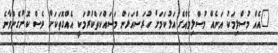
"އެއް މުސްލިމަކު އަނެއް މުސްލިމެއްގެ އަޅުކަމަށް ހުރަސްއަޅަން މަސައްކަތްކުރުމަކީ އެއްގޮތަކަށް ވެސް ކޮށްގެންވާނެ